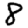
Digit: 8